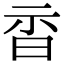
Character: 𣆇